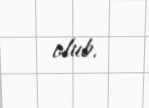
olub.